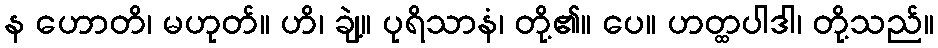
န ဟောတိ၊ မဟုတ်။ ဟိ၊ ချဲ့။ ပုရိသာနံ၊ တို့၏။ ပေ။ ဟတ္ထပါဒါ၊ တို့သည်။